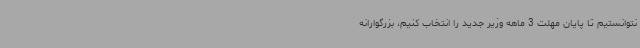
نتوانستیم تا پایان مهلت 3 ماهه وزیر جدید را انتخاب کنیم، بزرگوارانه